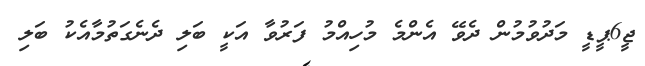
ޖީ6ޕީޑީ މަދުވުމުން ދެވޭ އެންމެ މުހިއްމު ފަރުވާ އަކީ ބަލި ދެނެގަތުމާއެކު ބަލި